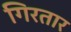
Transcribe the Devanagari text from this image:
गिरतार